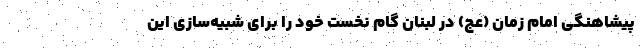
پیشاهنگی امام زمان (عج) در لبنان گام نخست خود را برای شبیه‌سازی این